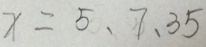
x = 5 . 7 . 3 5